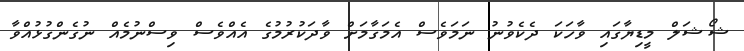
ޝޯޝަލް މީޑިޔާގައި ވާހަކަ ދެކެވުނު ނަމަވެސް އެމަގާމަށް ވާދަކުރުމުގެ އެއްވެސް ވިސްނުމެއް ނުގެންގުޅުއްވާ